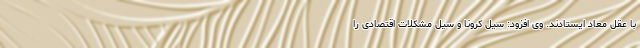
با عقل معاد ایستادند. وی افزود: سیل کرونا و سیل مشکلات اقتصادی را